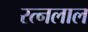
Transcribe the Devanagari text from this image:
रत्नलाल